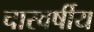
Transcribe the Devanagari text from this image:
चारवर्षीय